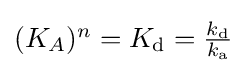
{\textstyle (K_{A})^{n}=K_{\rm {d}}={k_{\rm {d}} \over k_{\rm {a}}}}